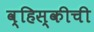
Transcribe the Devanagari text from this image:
व्हिस्कीची